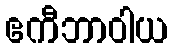
ဧကီဘာဝါယ